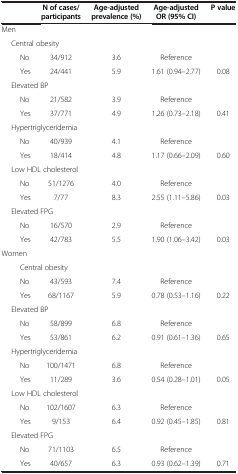
<table><thead><tr><td><b> </b></td><td><b>N of cases/participants</b></td><td><b>Age-adjusted prevalence (%)</b></td><td><b>Age-adjusted OR (95% CI)</b></td><td><b>P value</b></td></tr></thead><tbody><tr><td colspan="5">Men</td></tr><tr><td colspan="5">Central obesity</td></tr><tr><td>No</td><td>34/912</td><td>3.6</td><td>Reference</td><td> </td></tr><tr><td>Yes</td><td>24/441</td><td>5.9</td><td>1.61 (0.94–2.77)</td><td>0.08</td></tr><tr><td colspan="5">Elevated BP</td></tr><tr><td>No</td><td>21/582</td><td>3.9</td><td>Reference</td><td> </td></tr><tr><td>Yes</td><td>37/771</td><td>4.9</td><td>1.26 (0.73–2.18)</td><td>0.41</td></tr><tr><td colspan="5">Hypertriglyceridemia</td></tr><tr><td>No</td><td>40/939</td><td>4.1</td><td>Reference</td><td> </td></tr><tr><td>Yes</td><td>18/414</td><td>4.8</td><td>1.17 (0.66–2.09)</td><td>0.60</td></tr><tr><td colspan="5">Low HDL cholesterol</td></tr><tr><td>No</td><td>51/1276</td><td>4.0</td><td>Reference</td><td> </td></tr><tr><td>Yes</td><td>7/77</td><td>8.3</td><td>2.55 (1.11–5.86)</td><td>0.03</td></tr><tr><td colspan="5">Elevated FPG</td></tr><tr><td>No</td><td>16/570</td><td>2.9</td><td>Reference</td><td> </td></tr><tr><td>Yes</td><td>42/783</td><td>5.5</td><td>1.90 (1.06–3.42)</td><td>0.03</td></tr><tr><td colspan="5">Women</td></tr><tr><td colspan="5">Central obesity</td></tr><tr><td>No</td><td>43/593</td><td>7.4</td><td>Reference</td><td> </td></tr><tr><td>Yes</td><td>68/1167</td><td>5.9</td><td>0.78 (0.53–1.16)</td><td>0.22</td></tr><tr><td colspan="5">Elevated BP</td></tr><tr><td>No</td><td>58/899</td><td>6.8</td><td>Reference</td><td> </td></tr><tr><td>Yes</td><td>53/861</td><td>6.2</td><td>0.91 (0.61–1.36)</td><td>0.65</td></tr><tr><td colspan="5">Hypertriglyceridemia</td></tr><tr><td>No</td><td>100/1471</td><td>6.8</td><td>Reference</td><td> </td></tr><tr><td>Yes</td><td>11/289</td><td>3.6</td><td>0.54 (0.28–1.01)</td><td>0.05</td></tr><tr><td colspan="5">Low HDL cholesterol</td></tr><tr><td>No</td><td>102/1607</td><td>6.3</td><td>Reference</td><td> </td></tr><tr><td>Yes</td><td>9/153</td><td>6.4</td><td>0.92 (0.45–1.85)</td><td>0.81</td></tr><tr><td colspan="5">Elevated FPG</td></tr><tr><td>No</td><td>71/1103</td><td>6.5</td><td>Reference</td><td> </td></tr><tr><td>Yes</td><td>40/657</td><td>6.3</td><td>0.93 (0.62–1.39)</td><td>0.71</td></tr></tbody></table>